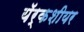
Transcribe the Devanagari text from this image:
यॅर्कशीयर